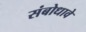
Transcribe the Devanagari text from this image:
संबोधावे